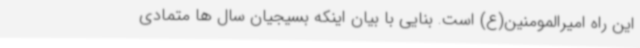
این راه امیرالمومنین(ع) است. بنایی با بیان اینکه بسیجیان سال ها متمادی